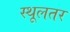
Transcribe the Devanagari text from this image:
स्थूलतर